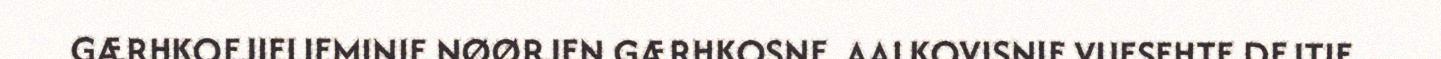
GÆRHKOEJIELIEMINIE NØØRJEN GÆRHKOSNE. AALKOVISNIE VUESEHTE DEJTIE